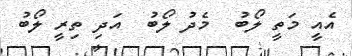
އެއީ މަތީ ލޯބު  މެދު ލޯބު  އަދި ތިރީ ލޯބު